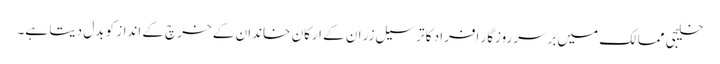
خلیجی ممالک میں برسرروزگار افراد کا ترسیل زر ان کے ارکان ِ خاندان کے خرچ کے انداز کو بدل دیتا ہے۔